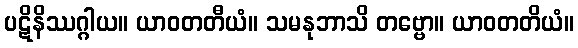
ပဋိနိဿဂ္ဂါယ။ ယာဝတတီယံ။ သမနုဘာသိ တဗ္ဗော။ ယာဝတတိယံ။